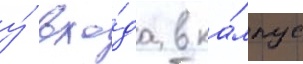
у́ вхо́да в ка́мпус